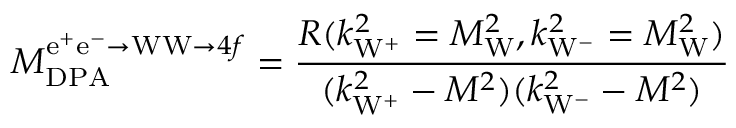
{ \cal M } _ { \mathrm { D P A } } ^ { { \mathrm { e ^ { + } e ^ { - } \to W W } } \to 4 f } = \frac { R ( k _ { \mathrm { W } ^ { + } } ^ { 2 } = M _ { \mathrm W } ^ { 2 } , k _ { \mathrm { W } ^ { - } } ^ { 2 } = M _ { \mathrm W } ^ { 2 } ) } { ( k _ { \mathrm { W } ^ { + } } ^ { 2 } - M ^ { 2 } ) ( k _ { \mathrm { W } ^ { - } } ^ { 2 } - M ^ { 2 } ) }